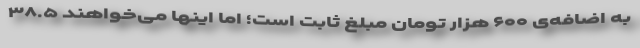
به اضافه‌ی ۶۰۰ هزار تومان مبلغ ثابت است؛ اما اینها می‌خواهند ۳۸.۵